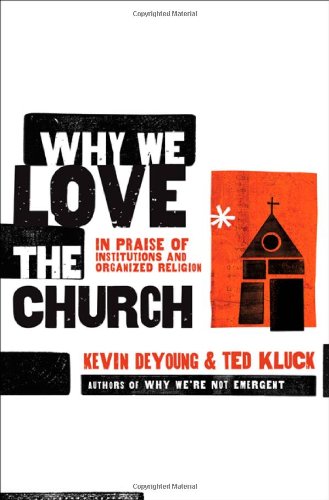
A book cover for Why We Love the Church: In Praise of Institutions and Organized Religion; Kevin DeYoung; Christian Books & Bibles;